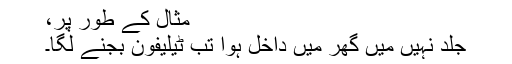
مثال کے طور پر،
جلد نہیں میں گھر میں داخل ہوا تب ٹیلیفون بجنے لگا۔